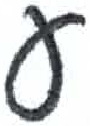
אות: ע